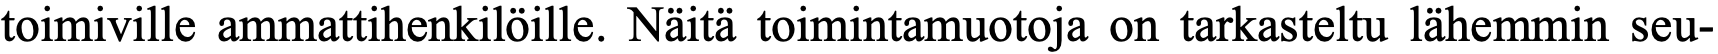
toimiville ammattihenkilöille. Näitä toimintamuotoja on tarkasteltu lähemmin seu-